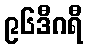
၉၆ဒီဂရီ